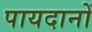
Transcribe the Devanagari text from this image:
पायदानों